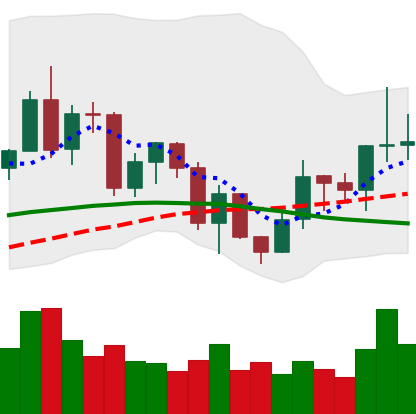
Ticker: LINK-USD
Chart end date: 2020-12-18
Forward return: -19.834%
Label: down_7plus